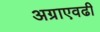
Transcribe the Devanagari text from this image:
अग्राएवढी